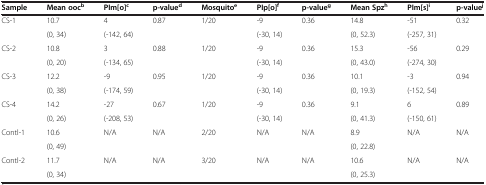
<table><thead><tr><td><b>Sample</b></td><td><b>Mean ooc<sup>b</sup></b></td><td><b>PIm[o]<sup>c</sup></b></td><td><b>p-value<sup>d</sup></b></td><td><b>Mosquito<sup>e</sup></b></td><td><b>PIp[o]<sup>f</sup></b></td><td><b>p-value<sup>g</sup></b></td><td><b>Mean Spz<sup>h</sup></b></td><td><b>PIm[s]<sup>i</sup></b></td><td><b>p-value<sup>j</sup></b></td></tr></thead><tbody><tr><td>CS-1</td><td>10.7</td><td>4</td><td>0.87</td><td>1/20</td><td>-9</td><td>0.36</td><td>14.8</td><td>-51</td><td>0.32</td></tr><tr><td> </td><td>(0, 34)</td><td>(-142, 64)</td><td> </td><td> </td><td>(-30, 14)</td><td> </td><td>(0, 52.3)</td><td>(-257, 31)</td><td> </td></tr><tr><td>CS-2</td><td>10.8</td><td>3</td><td>0.88</td><td>1/20</td><td>-9</td><td>0.36</td><td>15.3</td><td>-56</td><td>0.29</td></tr><tr><td> </td><td>(0, 20)</td><td>(-134, 65)</td><td> </td><td> </td><td>(-30, 14)</td><td> </td><td>(0, 43.0)</td><td>(-274, 30)</td><td> </td></tr><tr><td>CS-3</td><td>12.2</td><td>-9</td><td>0.95</td><td>1/20</td><td>-9</td><td>0.36</td><td>10.1</td><td>-3</td><td>0.94</td></tr><tr><td> </td><td>(0, 38)</td><td>(-174, 59)</td><td> </td><td> </td><td>(-30, 14)</td><td> </td><td>(0, 19.3)</td><td>(-152, 54)</td><td> </td></tr><tr><td>CS-4</td><td>14.2</td><td>-27</td><td>0.67</td><td>1/20</td><td>-9</td><td>0.36</td><td>9.1</td><td>6</td><td>0.89</td></tr><tr><td> </td><td>(0, 26)</td><td>(-208, 53)</td><td> </td><td> </td><td>(-30, 14)</td><td> </td><td>(0, 41.3)</td><td>(-150, 61)</td><td> </td></tr><tr><td>Contl-1</td><td>10.6</td><td>N/A</td><td>N/A</td><td>2/20</td><td>N/A</td><td>N/A</td><td>8.9</td><td>N/A</td><td>N/A</td></tr><tr><td> </td><td>(0, 49)</td><td> </td><td> </td><td> </td><td> </td><td> </td><td>(0, 22.8)</td><td> </td><td> </td></tr><tr><td>Contl-2</td><td>11.7</td><td>N/A</td><td>N/A</td><td>3/20</td><td>N/A</td><td>N/A</td><td>10.6</td><td>N/A</td><td>N/A</td></tr><tr><td> </td><td>(0, 34)</td><td> </td><td> </td><td> </td><td> </td><td> </td><td>(0, 25.3)</td><td> </td><td> </td></tr></tbody></table>